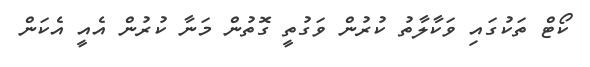
ކޯޓް ތަކުގައި ވަކާލާތު ކުރުން ވަގުތީ ގޮތުން މަނާ ކުރުން އެއީ އެކަން